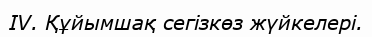
IV. Құйымшақ сегізкөз жүйкелері.